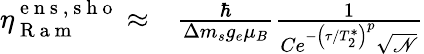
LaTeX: \begin{array}{rl}{\eta_{\mathrm{~R~a~m~}}^{\mathrm{~e~n~s~,~s~h~o~}}\approx}&{{}\frac{\hbar}{\Delta m_{s}g_{e}\mu_{B}}\frac{1}{Ce^{-\left(\tau/T_{2}^{*}\right)^{p}}\sqrt{\mathscr{N}}}}\end{array}